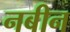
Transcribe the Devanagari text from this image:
नबीन